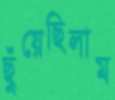
ছুঁয়েছিলাম